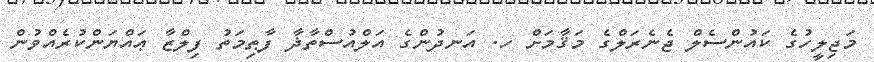
މަޖިލީހުގެ ކައުންސެލް ޖެނެރަލްގެ މަޤާމަށް ހ. އަނދުންގެ އަލްއުސްތާޛާ ފާޠިމަތު ފިލްޒާ ޢައްޔަންކުރެއްވުން